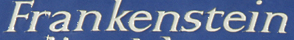
Frankenstein